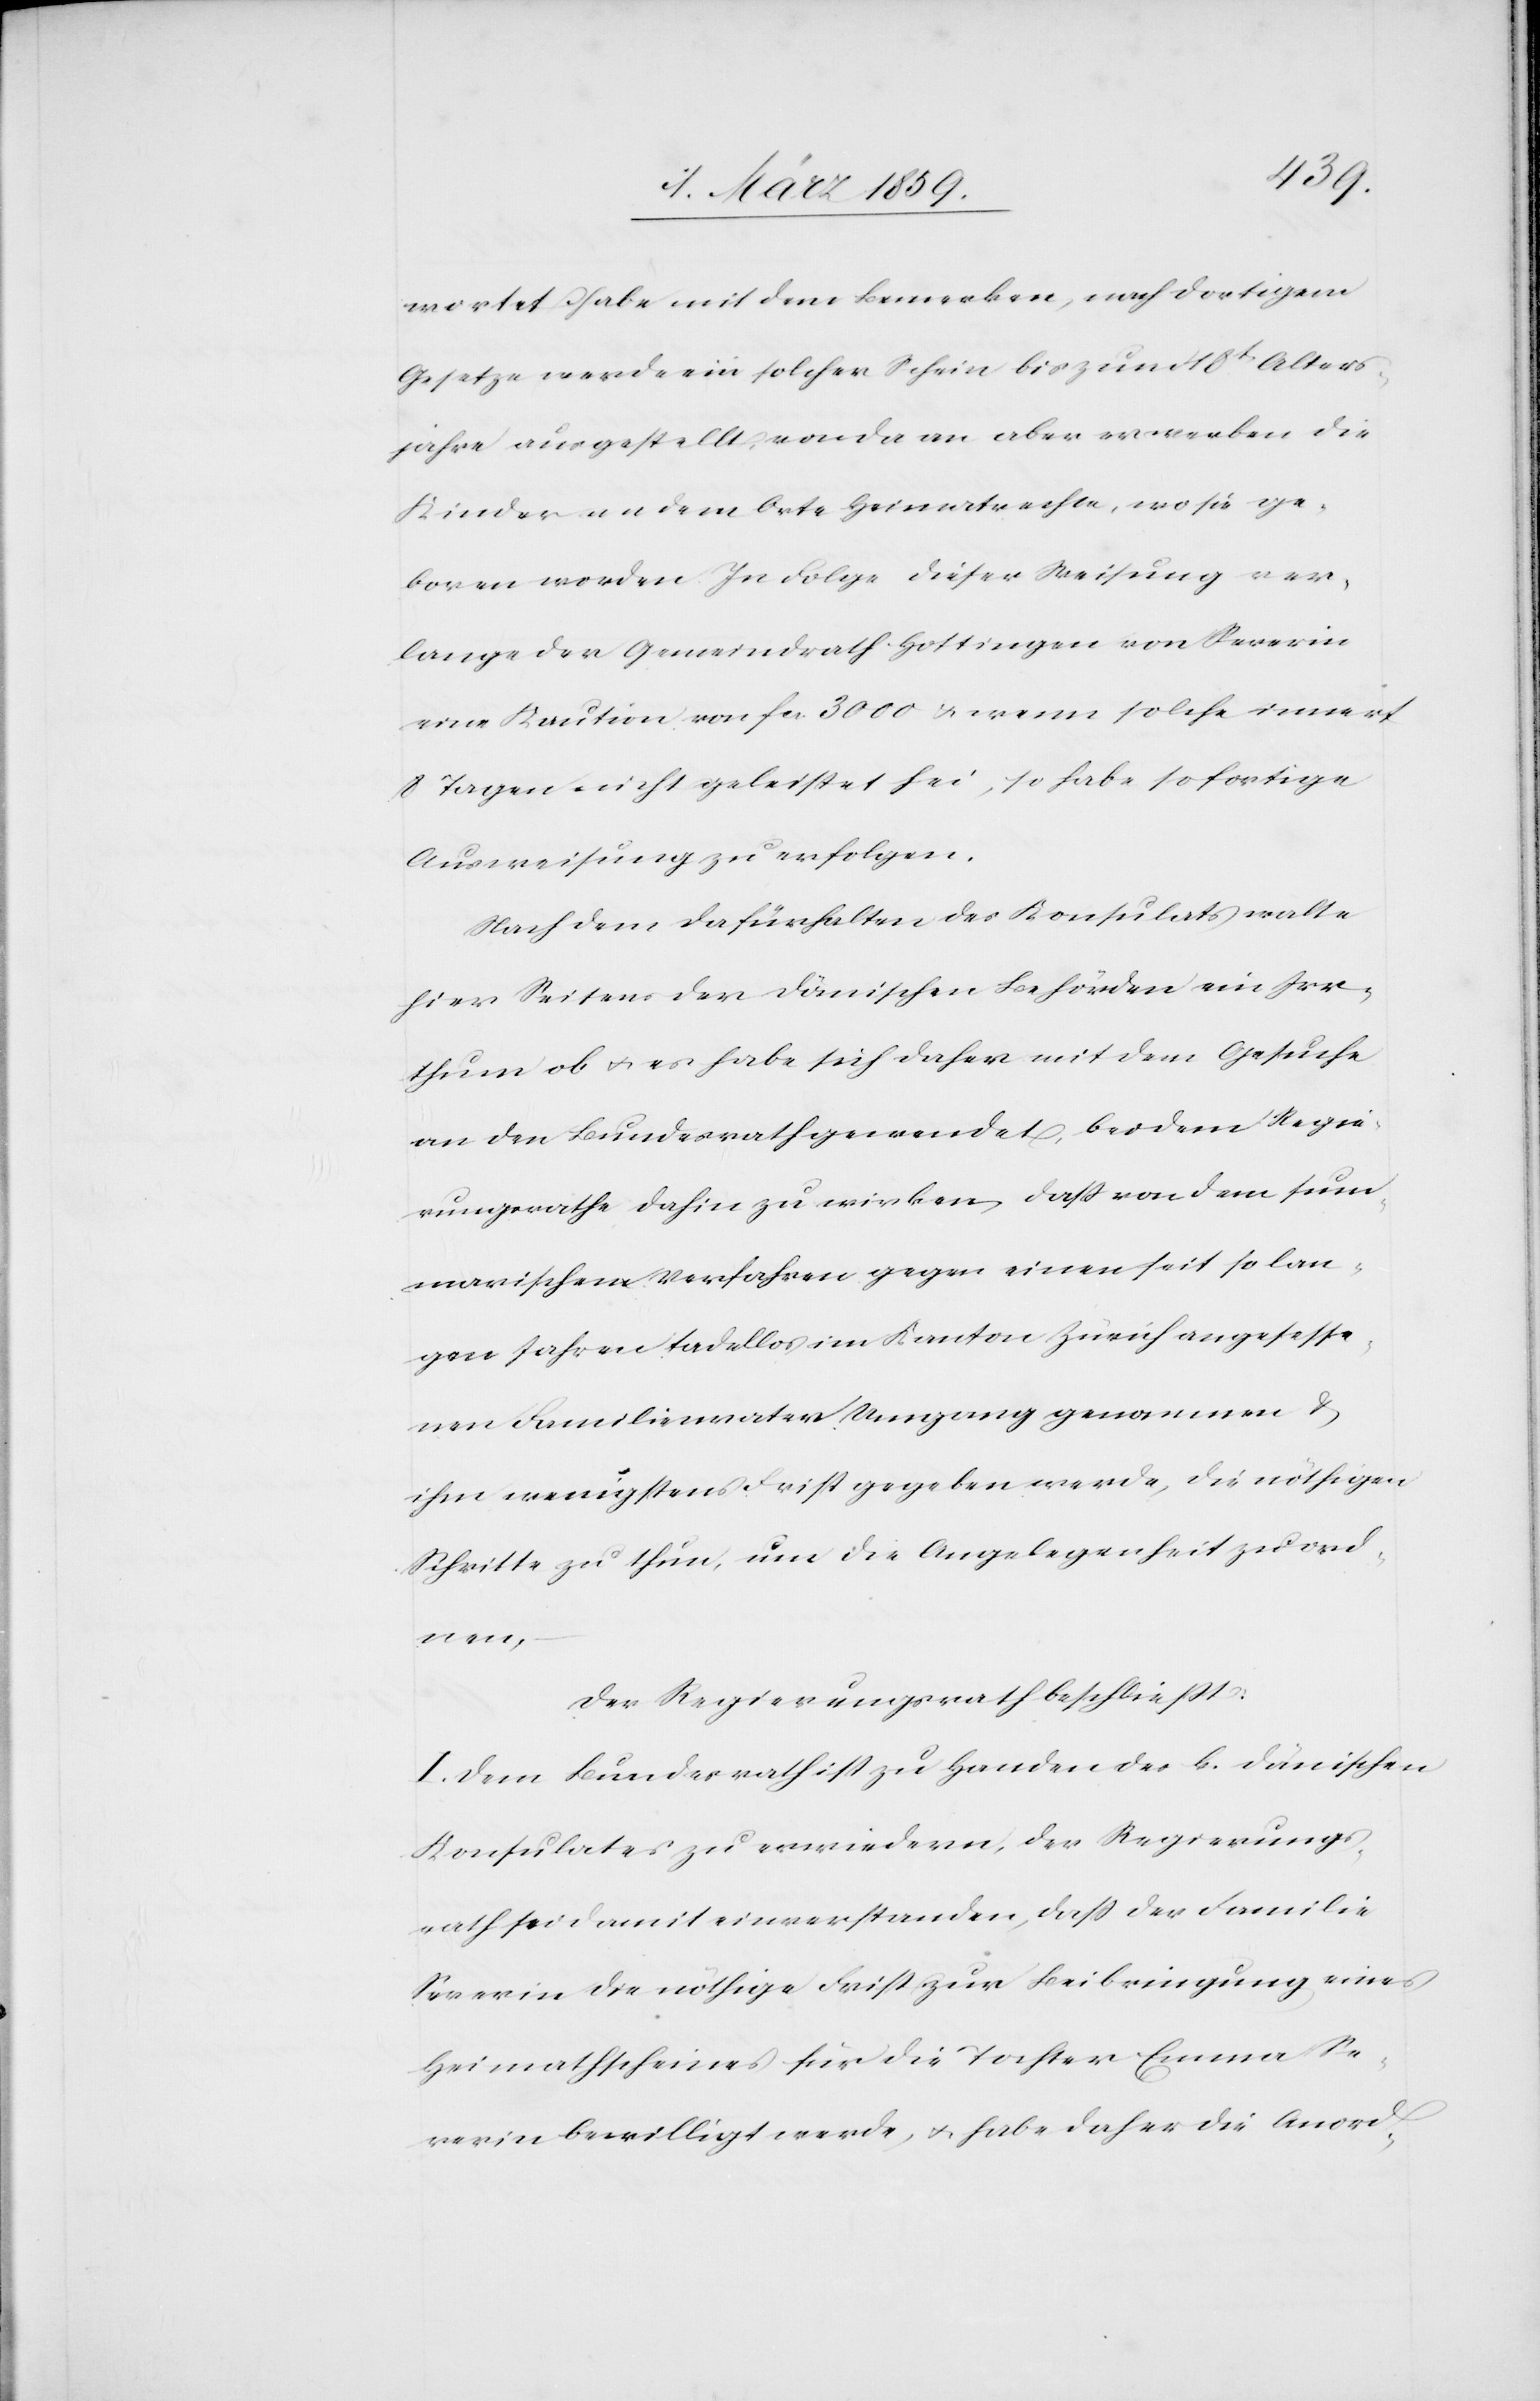
wortet habe mit dem Bemerken, nach dortigem
Gesetze werde ein solcher Schein bis zum 18t. Alters¬
jahre ausgestellt, von da an aber erwerben die
Kinder an dem Orte Heimatrechte, wo sie ge¬
boren worden. In Folge dieser Weisung ver¬
lange der Gemeindrath Hottingen von Severin
eine Kaution von fcs. 3000 u. wenn solche innert
8 Tagen nicht geleistet sei, so habe sofortige
Ausweisung zu erfolgen.
Nach dem Dafürhalten des Konsulats walte
hier Seitens der dänischen Behörden ein Irr¬
thum ob u. es habe sich daher mit dem Gesuche
an den Bundesrath gewendet, bei dem Regie¬
rungsrath dahin zu wirken, daß von dem sum¬
marischen Verfahren gegen einen seit so lan¬
gen Jahren tadellos im Kanton Zürich angesesse¬
nen Familienvater Umgang genommen &
ihm wenigstens Frist gegeben werde, die nöthigen
Schritte zu thun, um die Angelegenheit zu ord¬
nen,
Der Regierungsrath beschließt:
I. Dem Bundesrath ist zu Handen des k. dänischen
Konsulates zu erwiedern, der Regierungs¬
rath sei damit einverstanden, daß der Familie
Severin die nöthige Frist zur Beibringung eines
Heimatscheines für die Tochter Emma Se¬
verin bewilligt werde, u. habe daher die Anord-